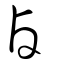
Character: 鹵